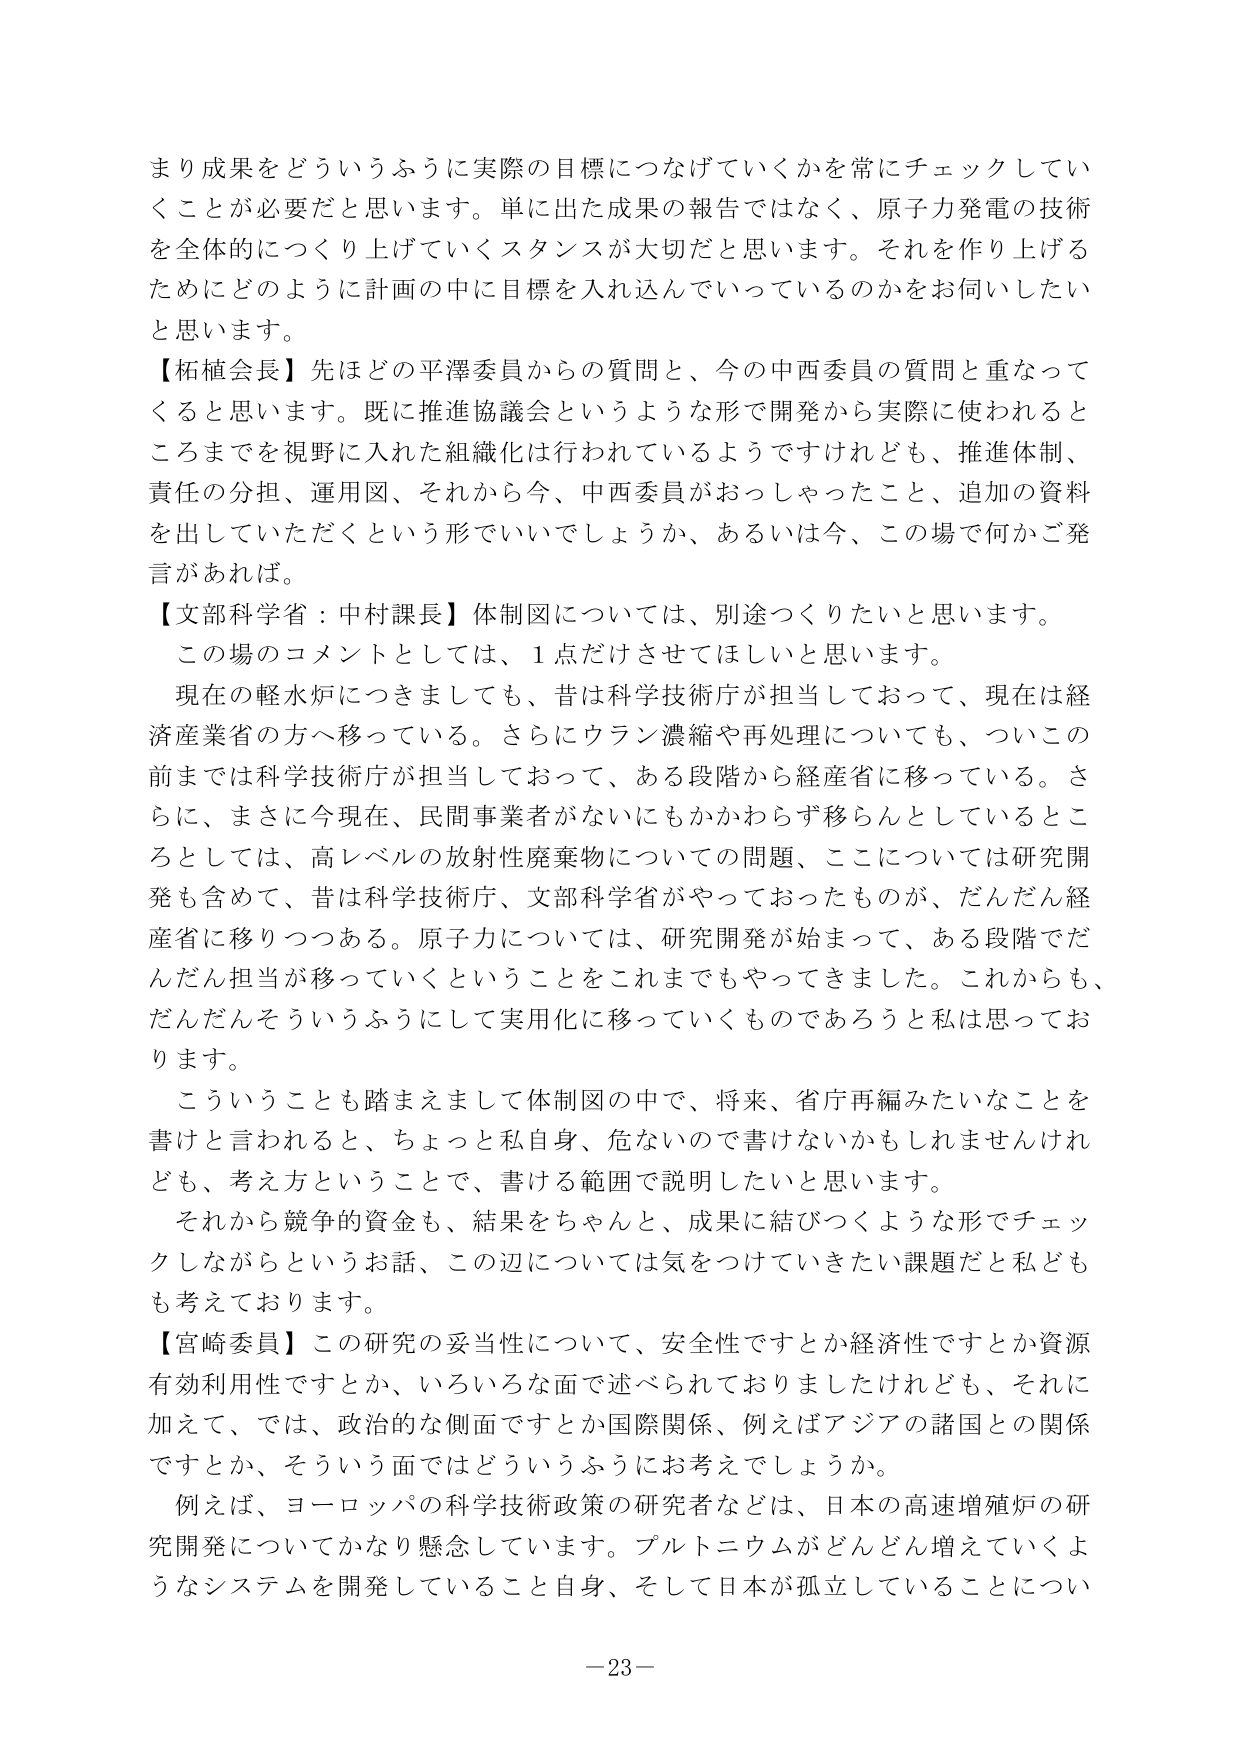
まり成果をどういうふうに実際の目標につなげていくかを常にチェックしていくことが必要だと思います。単に出た成果の報告ではなく、原子力発電の技術を全体的につくり上げていくスタンスが大切だと思います。それを作り上げるためにどのように計画の中に目標を入れ込んでいっているのかをお伺いしたいと思います。

【柘植会長】先ほどの平澤委員からの質問と、今の中西委員の質問と重なってくると思います。既に推進協議会というような形で開発から実際に使われるところまでを視野に入れた組織化は行われているようですが、推進体制、責任の分担、運用図、それから今、中西委員がおっしゃったこと、追加の資料を出していただくという形でいいでしょうか、あるいは今、この場で何かご発言があれば。

【文部科学省：中村課長】体制図については、別途つくりたいと思います。この場のコメントとしては、1点だけさせてほしいと思います。

現在の軽水炉につきましても、昔は科学技術庁が担当しておって、現在は経済産業省の方へ移っている。さらにウラン濃縮や再処理についても、ついこの前までは科学技術庁が担当しておって、ある段階から経産省に移っている。さらに、まさに今現在、民間事業者がないにもかかわらず移らんとしているところとしては、高レベルの放射性廃棄物についての問題、ここについては研究開発も含めて、昔は科学技術庁、文部科学省がやっておったものが、だんだん経産省に移りつつある。原子力については、研究開発が始まって、ある段階でだんだん担当が移っていくということをこれまでもやってきました。これからも、だんだんそういうふうにして実用化に移っていくものであろうと私は思っております。

こういうことも踏まえまして体制図の中で、将来、省庁再編みたいなことを書けと言われると、ちょっと自身、危ないので書けないかもしれませんが、考え方ということで、書ける範囲で説明したいと思います。

それから競争的資金も、結果をちゃんと、成果に結びつくような形でチェックしながらというお話、この辺については気をつけていきたい課題だと私どもも考えております。

【宮崎委員】この研究の妥当性について、安全性ですか経済性ですか資源有効利用性ですか、いろいろな面で述べられておりましたけれども、それに加えて、では、政治的な側面ですか国際関係、例えばアジアの諸国との関係ですか、そういう面ではどういうふうにお考えでしょうか。

例えば、ヨーロッパの科学技術政策の研究者などは、日本の高速増殖炉の研究開発についてかなり懸念しています。プルトニウムがどんどん増えていくようなシステムを開発していること自身、そして日本が孤立していることについ

－23－